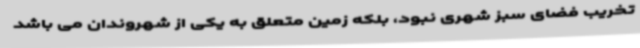
تخریب فضای سبز شهری نبود، بلکه زمین متعلق به یکی از شهروندان می باشد